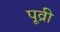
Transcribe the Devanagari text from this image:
पूव्री